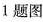
1题图